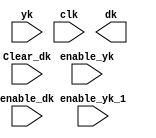
`timescale 1ns / 1ps
//////////////////////////////////////////////////////////////////////////////////
// Company: 
// Engineer: 
// 
// Design Name: 
// Module Name:    DK 
// Project Name: 
// Target Devices: 
// Tool versions: 
// Description: 
//
// Dependencies: 
//
// Revision: 
// Revision 0.01 - File Created
// Additional Comments: 
//
//////////////////////////////////////////////////////////////////////////////////
module DK 
	#(parameter n=8)
(
	input wire [n-1:0] yk,
	input wire clk, enable_yk,enable_yk_1, Clear_dk, enable_dk, 
	output reg [n-1:0] dk
    );
	 
localparam c=8'b0011101;// buscar valor real de las contantes
wire [n-1:0] res1, mult3;
//assign sum1=yk + rk ; // falta ajustar la cantidad de bits, porque al multiplicar cambia
reg [n-1:0] reg_res1,reg_mult3,reg_yk_1,reg_yk;


	//registro para yk


	always@(posedge clk) 
		begin reg_yk <=0;
			if (enable_yk)
				reg_yk <= yk;			
		end	
		
	always@(posedge clk) 
		begin reg_yk_1 <=0;
			if (enable_yk_1)
				reg_yk_1 <= reg_yk;			
		end			
		
assign res1 = reg_yk - reg_yk_1;

	always@(posedge clk) 
		begin 
				reg_res1 <= res1;			
		end
		
assign mult3 = reg_res1 * c; //// Recortar el dato
 
	always@(posedge clk) 
		begin 
				reg_mult3 <= mult3 ;			
		end
		
	always@(posedge clk) 
		begin reg_mult3 <= 0 ; 
		if(enable_dk)
			reg_mult3 <= mult3;
		else if(Clear_dk)
			reg_mult3 <= 0 ; 
		end	




endmodule